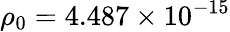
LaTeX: \rho_{0}=4.487\times 10^{-15}